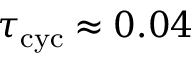
\tau _ { \mathrm { c y c } } \approx 0 . 0 4